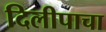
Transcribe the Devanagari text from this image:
दिलीपाचा